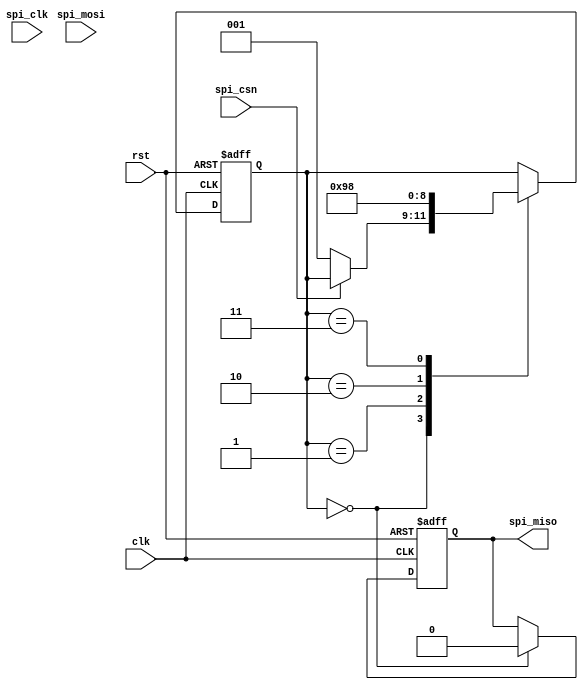
module SPI_timing_control(
  input wire clk,
  input wire rst,
  input wire spi_clk,
  input wire spi_csn,
  input wire spi_mosi,
  output reg spi_miso
);

reg [2:0] state;
parameter IDLE = 3'b000;
parameter TX_DATA = 3'b001;
parameter RX_DATA = 3'b010;
parameter SYNC = 3'b011;

always @(posedge clk or posedge rst) begin
  if (rst) begin
    state <= IDLE;
    spi_miso <= 1'b0;
  end else begin
    case(state)
      IDLE: begin
        spi_miso <= 1'b0;
        if (spi_csn == 1'b0) begin
          state <= TX_DATA;
        end
      end
      TX_DATA: begin
        // Transmit data
        // Implement data transmission timing control
        state <= RX_DATA;
      end
      RX_DATA: begin
        // Receive data
        // Implement data reception timing control
        state <= SYNC;
      end
      SYNC: begin
        // Synchronize data transfer between master and slave
        state <= IDLE;
      end
    endcase
  end
end

endmodule